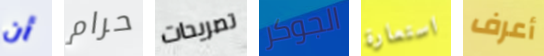
أن حرام تصريحات الجوكر استعارة أعرف